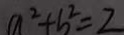
a ^ { 2 } + b ^ { 2 } = 2